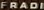
FRADI